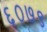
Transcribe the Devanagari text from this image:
६०७९